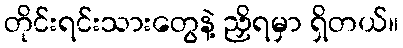
တိုင်းရင်းသားတွေနဲ့ ညှိရမှာ ရှိတယ်။